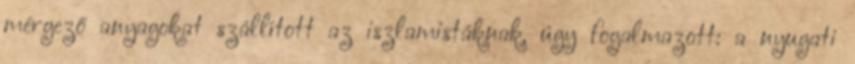
mérgező anyagokat szállított az iszlamistáknak, úgy fogalmazott: a nyugati